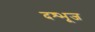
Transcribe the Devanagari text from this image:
दश्भूज